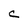
Character: C